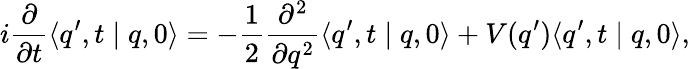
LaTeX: i\frac{\partial}{\partial t}\langle q^{\prime},t\mid q,0\rangle=-\frac{1}{2}\frac{\partial^{2}}{\partial q^{2}}\langle q^{\prime},t\mid q,0\rangle+V(q^{\prime})\langle q^{\prime},t\mid q,0\rangle,